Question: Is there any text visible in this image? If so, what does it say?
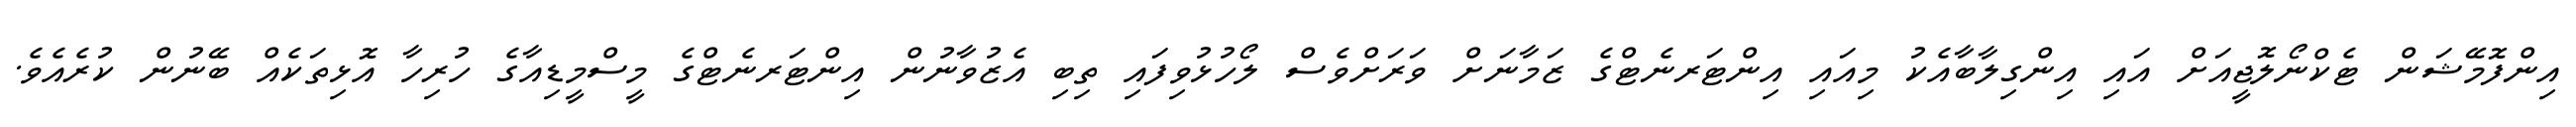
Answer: އިންފޮމޭޝަން ޓެކްނޯލޮޖީއަށް އައި އިންގިލާބާއެކު މިއައި އިންޓަރނެޓްގެ ޒަމާނަށް ވަރަށްވެސް ލޯހުޅުވިފައި ތިބި އެޒުވާނުން އިންޓަރނެޓްގެ މީސްމީޑިއާގެ ހުރިހާ އޮޅިތަކެއް ބޭނުން ކުރެއެވެ.